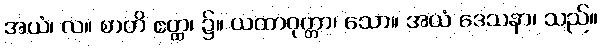
အယံ၊ လ။ စာတိ ဧတ္ထ၊ ၌။ ယထာဝုတ္တာ၊ သော။ အယံ ဒေသနာ၊ သည်။